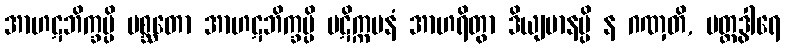
အာဟဋဘိက္ခမ္ပိ ပစ္ဆတော အာဟဋဘိက္ခမ္ပိ ပဋိက္ကမနံ အာဟရိတွာ ဒိယျမာနမ္ပိ န ဂဏှတိ, ပတ္တဒွါရေ